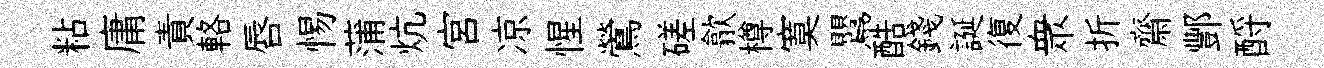
粘庸責輅唇惕蒲炕宫凉惺鶯磋歙樽寞鸎酷錢誕復衆折齋酆酹